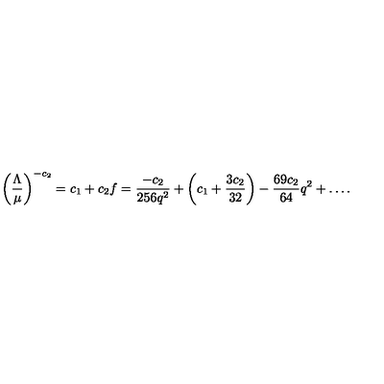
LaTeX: \left( { \frac { \Lambda } { \mu } } \right) ^ { - c _ { 2 } } = c _ { 1 } + c _ { 2 } f = { \frac { - c _ { 2 } } { 2 5 6 q ^ { 2 } } } + \left( c _ { 1 } + { \frac { 3 c _ { 2 } } { 3 2 } } \right) - { \frac { 6 9 c _ { 2 } } { 6 4 } } q ^ { 2 } + \dots .